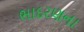
ભાદરણના